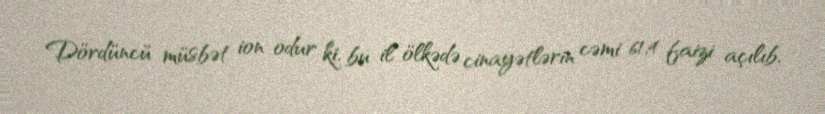
Dördüncü müsbət ion odur ki, bu il ölkədə cinayətlərin cəmi 61,4 faizi açılıb,